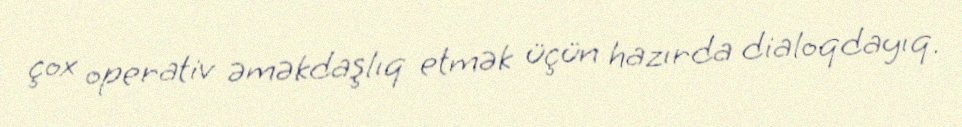
çox operativ əməkdaşlıq etmək üçün hazırda dialoqdayıq.